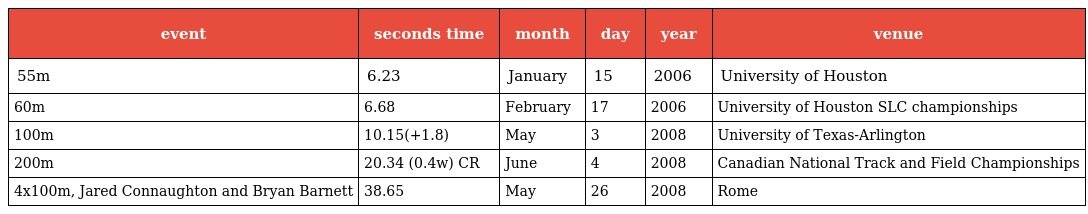
| event | seconds time | month | day | year | venue |
 | --- | --- | --- | --- | --- | --- |
 | 55m | 6.23 | January | 15 | 2006 | University of Houston |
 | 60m | 6.68 | February | 17 | 2006 | University of Houston SLC championships |
 | 100m | 10.15(+1.8) | May | 3 | 2008 | University of Texas-Arlington |
 | 200m | 20.34 (0.4w) CR | June | 4 | 2008 | Canadian National Track and Field Championships |
 | 4x100m, Jared Connaughton and Bryan Barnett | 38.65 | May | 26 | 2008 | Rome |